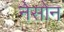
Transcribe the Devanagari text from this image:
नेसोन